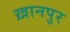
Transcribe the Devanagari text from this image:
ख़ानपुर